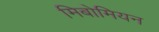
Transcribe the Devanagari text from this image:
मिबोमियन